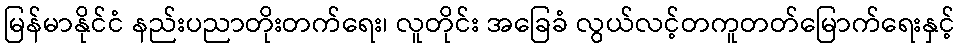
မြန်မာနိုင်ငံ နည်းပညာတိုးတက်ရေး၊ လူတိုင်း အခြေခံ လွယ်လင့်တကူတတ်မြောက်ရေးနှင့်